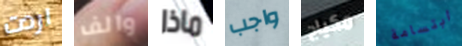
اردت والف ماذا واجب مكياج ابتسامة